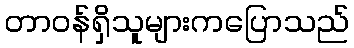
တာဝန်ရှိသူများကပြောသည်